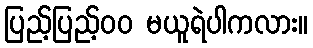
ပြည့်ပြည့်၀၀ မယူရဲပါကလား။